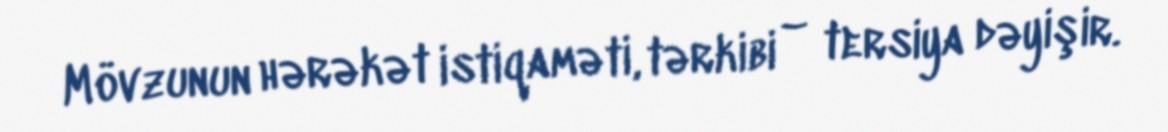
Mövzunun hərəkət istiqaməti, tərkibi – tersiya dəyişir.